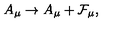
A _ { \mu } \rightarrow A _ { \mu } + { \cal F } _ { \mu } ,